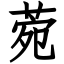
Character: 菀